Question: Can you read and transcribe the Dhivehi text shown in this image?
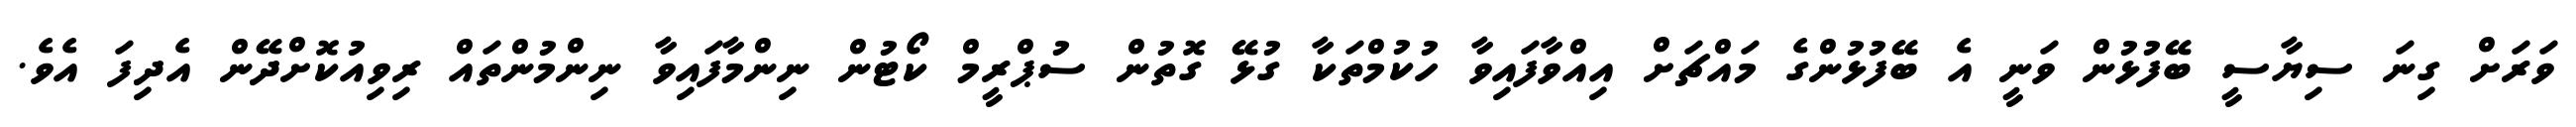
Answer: ވަރަށް ގިނަ ސިޔާސީ ބޭފުޅުން ވަނީ އެ ބޭފުޅުންގެ މައްޗަށް އިއްވާފައިވާ ހުކުމްތަކާ ގުޅޭ ގޮތުން ސުޕްރީމް ކޯޓުން ނިންމާފައިވާ ނިންމުންތައް ރިވިއުކޮށްދޭން އެދިފަ އެވެ.